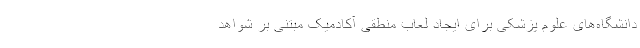
دانشگاه‌های علوم پزشکی برای ایجاد لعاب منطقی آکادمیک مبتنی بر شواهد